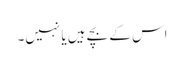
اس کے بچے ہیں یا نہیں۔